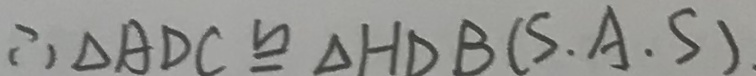
\therefore \Delta A D C \cong \Delta H D B ( S . A . S ) .